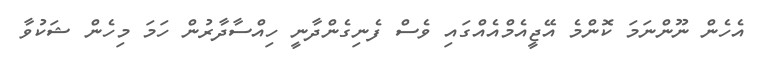
އެހެން ނޫންނަމަ ކޮންމެ އޭޖީއެމްއެއްގައި ވެސް ފެނިގެންދާނީ ހިއްސާދާރުން ހަމަ މިހެން ޝަކުވާ